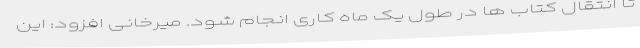
تا انتقال کتاب ها در طول یک ماه کاری انجام شود. میرخانی افزود: این